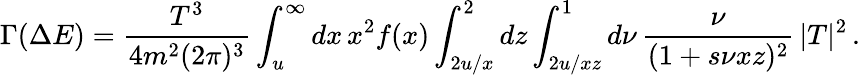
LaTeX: \Gamma(\Delta E)=\frac{T^{3}}{4m^{2}(2\pi)^{3}}\int_{u}^{\infty}dx\, x^{2}f(x)\int_{2u/x}^{2}dz\int_{2u/xz}^{1}d\nu\, \frac{\nu}{(1+s\nu xz)^{2}}\, |T|^{2}\, .